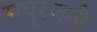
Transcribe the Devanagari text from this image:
मधुरजनी